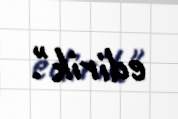
edirik".